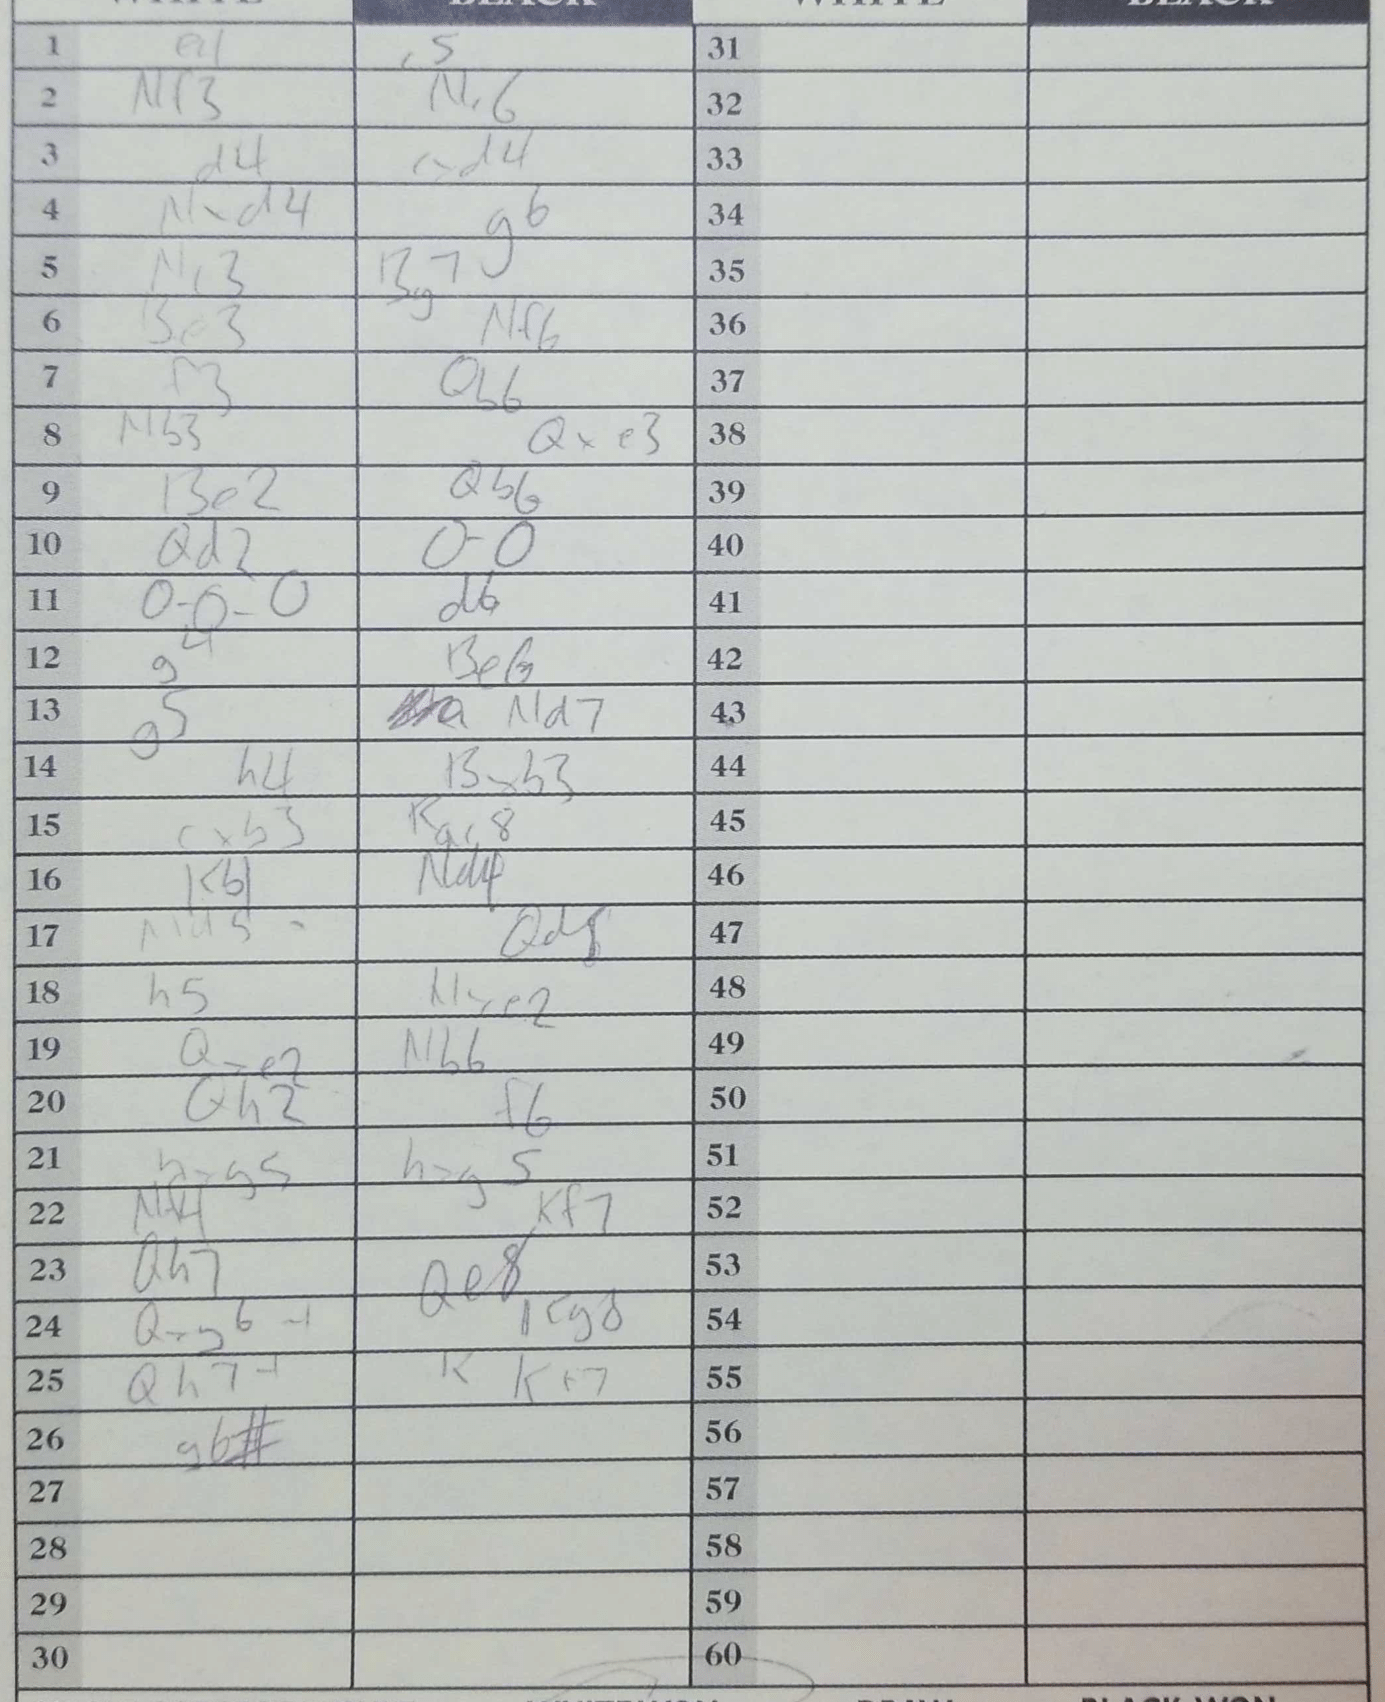
Moves: e4 c5 Nf3 Nc6 d5 cxd4 Nxd4 g6 Nc3 Bg7 Be3 Nf6 f3 Qb6 Nb3 Qxe3 Be2 Qb6 Qd2 O-O O-O-O d6 g4 Be6 g5 Nd7 h4 Bxb3 cxb3 Rac8 Kb1 Na4 Nd5 Qd8 h5 Nxe2 Qxe2 Nb6 Qh2 f6 bxg5 hxg5 Nf4 Kf7 Qh7 Qe8 Qxg6 Kg8 Qh7 Kf7 g6#